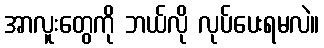
အာလူးတွေကို ဘယ်လို လုပ်ပေးရမလဲ။